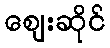
ဈေးဆိုင်